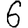
Digit: 6